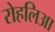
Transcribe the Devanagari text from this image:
रोहलिआ